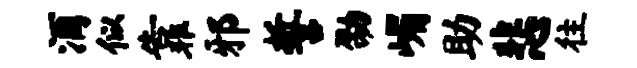
酒似靠邪誓劭嵋助悲往